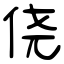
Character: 侥